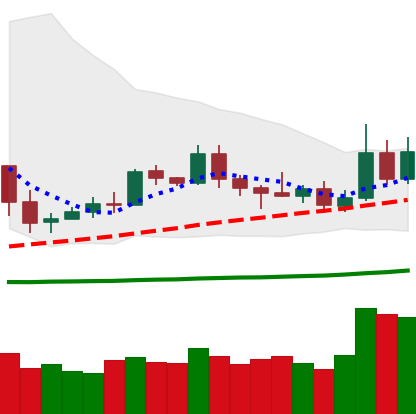
Ticker: ETC-USD
Chart end date: 2019-05-13
Forward return: 17.666%
Label: up_7plus